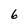
Character: 6